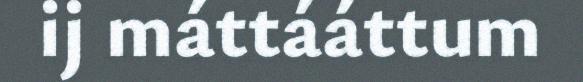
ij máttááttum